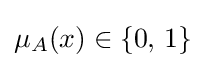
\mu _{A}(x)\in \{0,\,1\}